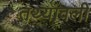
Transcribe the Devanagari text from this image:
तथ्यावली